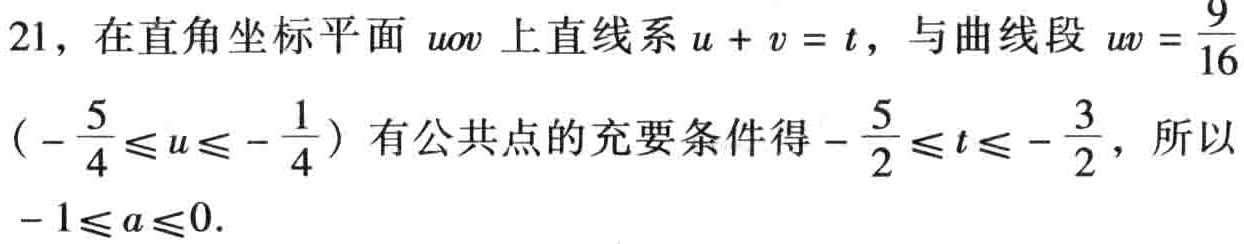
21，在直角坐标平面 \(uv\) 上直线系 \(u + v = t\)，与曲线段 \(uv=\frac{9}{16}\) \((-\frac{5}{4}\leq u\leq -\frac{1}{4})\) 有公共点的充要条件得 \(-\frac{5}{2}\leq t\leq -\frac{3}{2}\)，所以 \(-1\leq a\leq 0\).